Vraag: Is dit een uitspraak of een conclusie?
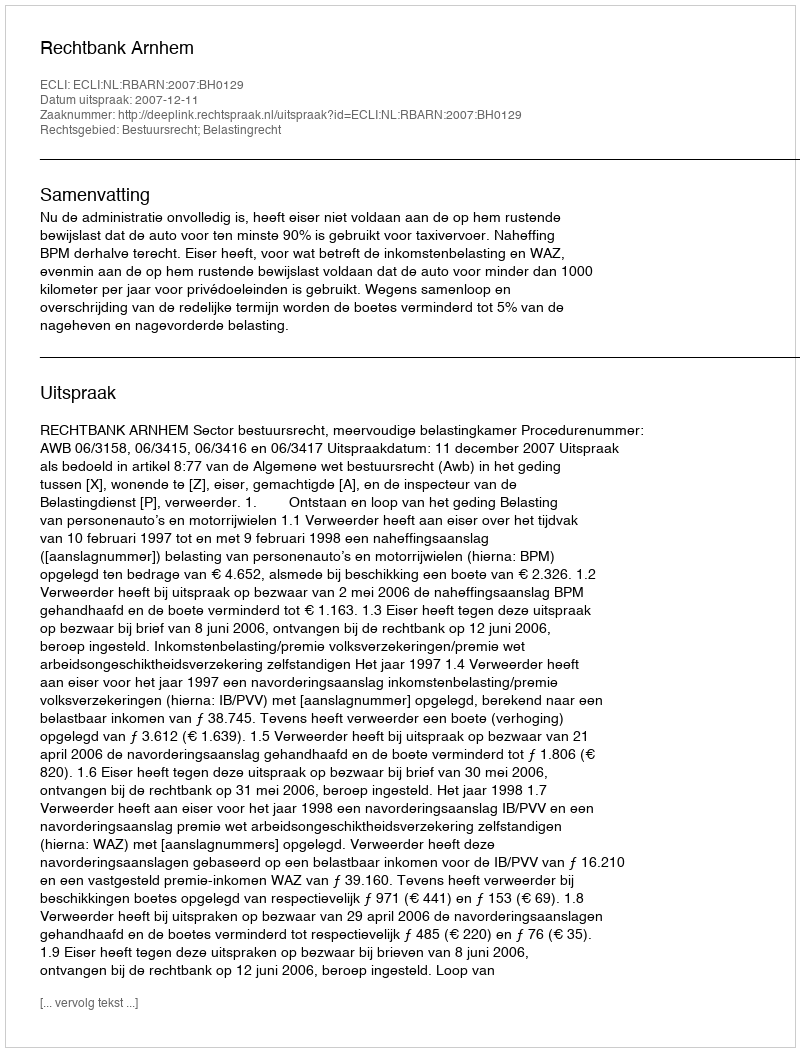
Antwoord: Uitspraak